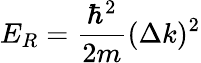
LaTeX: E_{R}=\frac{\hbar^{2}}{2m}(\Delta k)^{2}